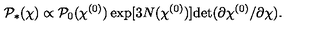
{ \cal P } _ { * } ( \chi ) \propto { \cal P } _ { 0 } ( \chi ^ { ( 0 ) } ) \exp [ 3 N ( \chi ^ { ( 0 ) } ) ] \mathrm { d e t } ( \partial \chi ^ { ( 0 ) } / \partial \chi ) .